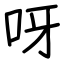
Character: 呀